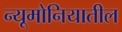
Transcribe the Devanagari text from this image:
न्यूमोनियातील